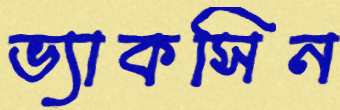
ভ্যাকসিন